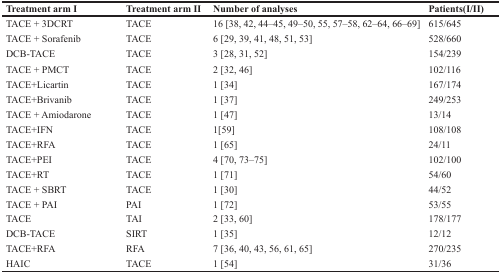
<table><thead><tr><td><b>Treatment arm I</b></td><td><b>Treatment arm II</b></td><td><b>Number of analyses</b></td><td><b>Patients(I/II)</b></td></tr></thead><tbody><tr><td>TACE + 3DCRT</td><td>TACE</td><td>16 [38, 42, 44–45, 49–50, 55, 57–58, 62–64, 66–69]</td><td>615/645</td></tr><tr><td>TACE + Sorafenib</td><td>TACE</td><td>6 [29, 39, 41, 48, 51, 53]</td><td>528/660</td></tr><tr><td>DCB-TACE</td><td>TACE</td><td>3 [28, 31, 52]</td><td>154/239</td></tr><tr><td>TACE + PMCT</td><td>TACE</td><td>2 [32, 46]</td><td>102/116</td></tr><tr><td>TACE+Licartin</td><td>TACE</td><td>1 [34]</td><td>167/174</td></tr><tr><td>TACE+Brivanib</td><td>TACE</td><td>1 [37]</td><td>249/253</td></tr><tr><td>TACE + Amiodarone</td><td>TACE</td><td>1 [47]</td><td>13/14</td></tr><tr><td>TACE+IFN</td><td>TACE</td><td>1[59]</td><td>108/108</td></tr><tr><td>TACE+RFA</td><td>TACE</td><td>1 [65]</td><td>24/11</td></tr><tr><td>TACE+PEI</td><td>TACE</td><td>4 [70, 73–75]</td><td>102/100</td></tr><tr><td>TACE+RT</td><td>TACE</td><td>1 [71]</td><td>54/60</td></tr><tr><td>TACE + SBRT</td><td>TACE</td><td>1 [30]</td><td>44/52</td></tr><tr><td>TACE + PAI</td><td>PAI</td><td>1 [72]</td><td>53/55</td></tr><tr><td>TACE</td><td>TAI</td><td>2 [33, 60]</td><td>178/177</td></tr><tr><td>DCB-TACE</td><td>SIRT</td><td>1 [35]</td><td>12/12</td></tr><tr><td>TACE+RFA</td><td>RFA</td><td>7 [36, 40, 43, 56, 61, 65]</td><td>270/235</td></tr><tr><td>HAIC</td><td>TACE</td><td>1 [54]</td><td>31/36</td></tr></tbody></table>